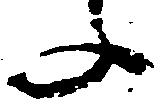
文